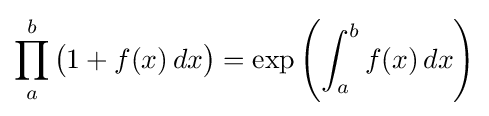
\prod _{a}^{b}{\big (}1+f(x)\,dx{\big )}=\exp \left(\int _{a}^{b}f(x)\,dx\right)